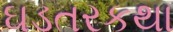
ઘડતરકથા